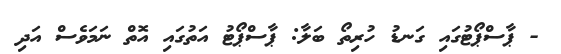
- ޕާސްޕޯޓުގައި ގަނޑު ހުރިތޯ ބަލާ: ޕާސްޕޯޓު އަތުގައި އޮތް ނަމަވެސް އަދި